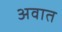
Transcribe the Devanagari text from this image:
अवात